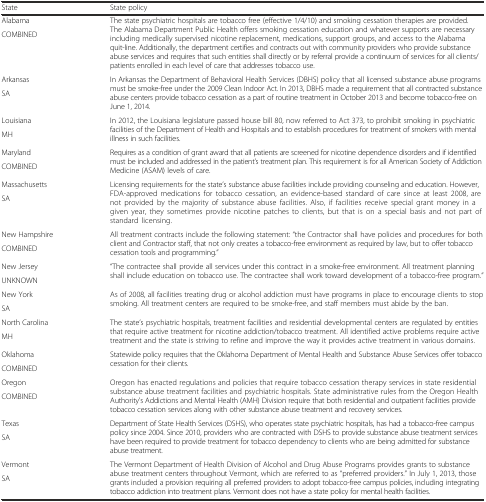
<table><thead><tr><td><b>State</b></td><td><b>State policy</b></td></tr></thead><tbody><tr><td>Alabama</td><td rowspan="2">The state psychiatric hospitals are tobacco free (effective 1/4/10) and smoking cessation therapies are provided. The Alabama Department Public Health offers smoking cessation education and whatever supports are necessary including medically supervised nicotine replacement, medications, support groups, and access to the Alabama quit-line. Additionally, the department certifies and contracts out with community providers who provide substance abuse services and requires that such entities shall directly or by referral provide a continuum of services for all clients/patients enrolled in each level of care that addresses tobacco use.</td></tr><tr><td>COMBINED</td></tr><tr><td>Arkansas</td><td rowspan="2">In Arkansas the Department of Behavioral Health Services (DBHS) policy that all licensed substance abuse programs must be smoke-free under the 2009 Clean Indoor Act. In 2013, DBHS made a requirement that all contracted substance abuse centers provide tobacco cessation as a part of routine treatment in October 2013 and become tobacco-free on June 1, 2014.</td></tr><tr><td>SA</td></tr><tr><td>Louisiana</td><td rowspan="2">In 2012, the Louisiana legislature passed house bill 80, now referred to Act 373, to prohibit smoking in psychiatric facilities of the Department of Health and Hospitals and to establish procedures for treatment of smokers with mental illness in such facilities.</td></tr><tr><td>MH</td></tr><tr><td>Maryland</td><td rowspan="2">Requires as a condition of grant award that all patients are screened for nicotine dependence disorders and if identified must be included and addressed in the patient’s treatment plan. This requirement is for all American Society of Addiction Medicine (ASAM) levels of care.</td></tr><tr><td>COMBINED</td></tr><tr><td>Massachusetts</td><td rowspan="2">Licensing requirements for the state’s substance abuse facilities include providing counseling and education. However, FDA-approved medications for tobacco cessation, an evidence-based standard of care since at least 2008, are not provided by the majority of substance abuse facilities. Also, if facilities receive special grant money in a given year, they sometimes provide nicotine patches to clients, but that is on a special basis and not part of standard licensing.</td></tr><tr><td>SA</td></tr><tr><td>New Hampshire</td><td rowspan="2">All treatment contracts include the following statement: “the Contractor shall have policies and procedures for both client and Contractor staff, that not only creates a tobacco-free environment as required by law, but to offer tobacco cessation tools and programming.”</td></tr><tr><td>COMBINED</td></tr><tr><td>New Jersey</td><td rowspan="2">“The contractee shall provide all services under this contract in a smoke-free environment. All treatment planning shall include education on tobacco use. The contractee shall work toward development of a tobacco-free program.”</td></tr><tr><td>UNKNOWN</td></tr><tr><td>New York</td><td rowspan="2">As of 2008, all facilities treating drug or alcohol addiction must have programs in place to encourage clients to stop smoking. All treatment centers are required to be smoke-free, and staff members must abide by the ban.</td></tr><tr><td>SA</td></tr><tr><td>North Carolina</td><td rowspan="2">The state’s psychiatric hospitals, treatment facilities and residential developmental centers are regulated by entities that require active treatment for nicotine addiction/tobacco treatment. All identified active problems require active treatment and the state is striving to refine and improve the way it provides active treatment in various domains.</td></tr><tr><td>MH</td></tr><tr><td>Oklahoma</td><td rowspan="2">Statewide policy requires that the Oklahoma Department of Mental Health and Substance Abuse Services offer tobacco cessation for their clients.</td></tr><tr><td>COMBINED</td></tr><tr><td>Oregon</td><td rowspan="2">Oregon has enacted regulations and policies that require tobacco cessation therapy services in state residential substance abuse treatment facilities and psychiatric hospitals. State administrative rules from the Oregon Health Authority&#x27;s Addictions and Mental Health (AMH) Division require that both residential and outpatient facilities provide tobacco cessation services along with other substance abuse treatment and recovery services.</td></tr><tr><td>COMBINED</td></tr><tr><td>Texas</td><td rowspan="2">Department of State Health Services (DSHS), who operates state psychiatric hospitals, has had a tobacco-free campus policy since 2004. Since 2010, providers who are contracted with DSHS to provide substance abuse treatment services have been required to provide treatment for tobacco dependency to clients who are being admitted for substance abuse treatment.</td></tr><tr><td>SA</td></tr><tr><td>Vermont</td><td rowspan="2">The Vermont Department of Health Division of Alcohol and Drug Abuse Programs provides grants to substance abuse treatment centers throughout Vermont, which are referred to as “preferred providers.” In July 1, 2013, those grants included a provision requiring all preferred providers to adopt tobacco-free campus policies, including integrating tobacco addiction into treatment plans. Vermont does not have a state policy for mental health facilities.</td></tr><tr><td>SA</td></tr></tbody></table>